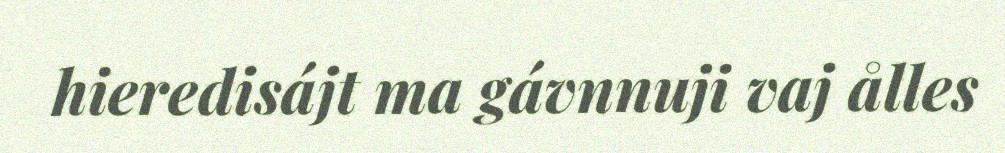
hieredisájt ma gávnnuji vaj ålles